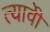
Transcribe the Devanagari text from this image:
त्यावेी